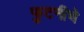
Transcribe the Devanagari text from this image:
फुटनीचे